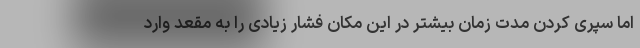
اما سپری کردن مدت زمان بیشتر در این مکان فشار زیادی را به مقعد وارد